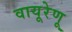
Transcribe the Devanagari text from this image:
वायूरेणू